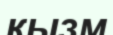
қызм